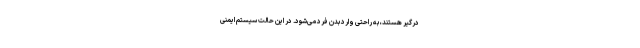
درگیر هستند، به راحتی وارد بدن فرد می‌شود. در این حالت سیستم ایمنی